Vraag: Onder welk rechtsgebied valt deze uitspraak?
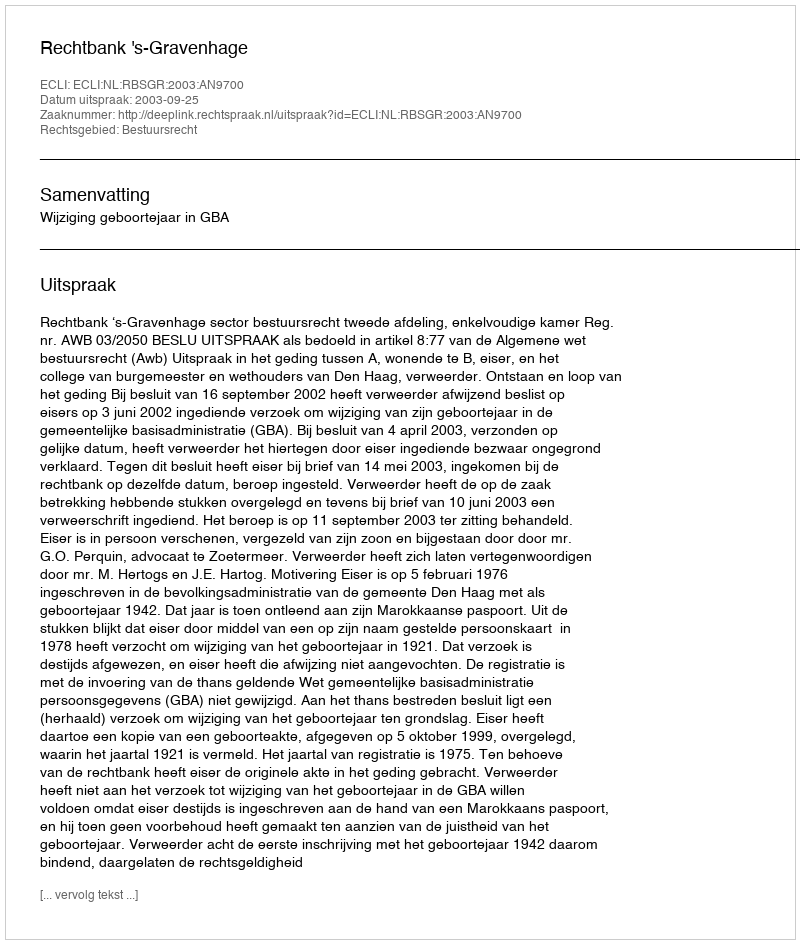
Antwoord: Bestuursrecht